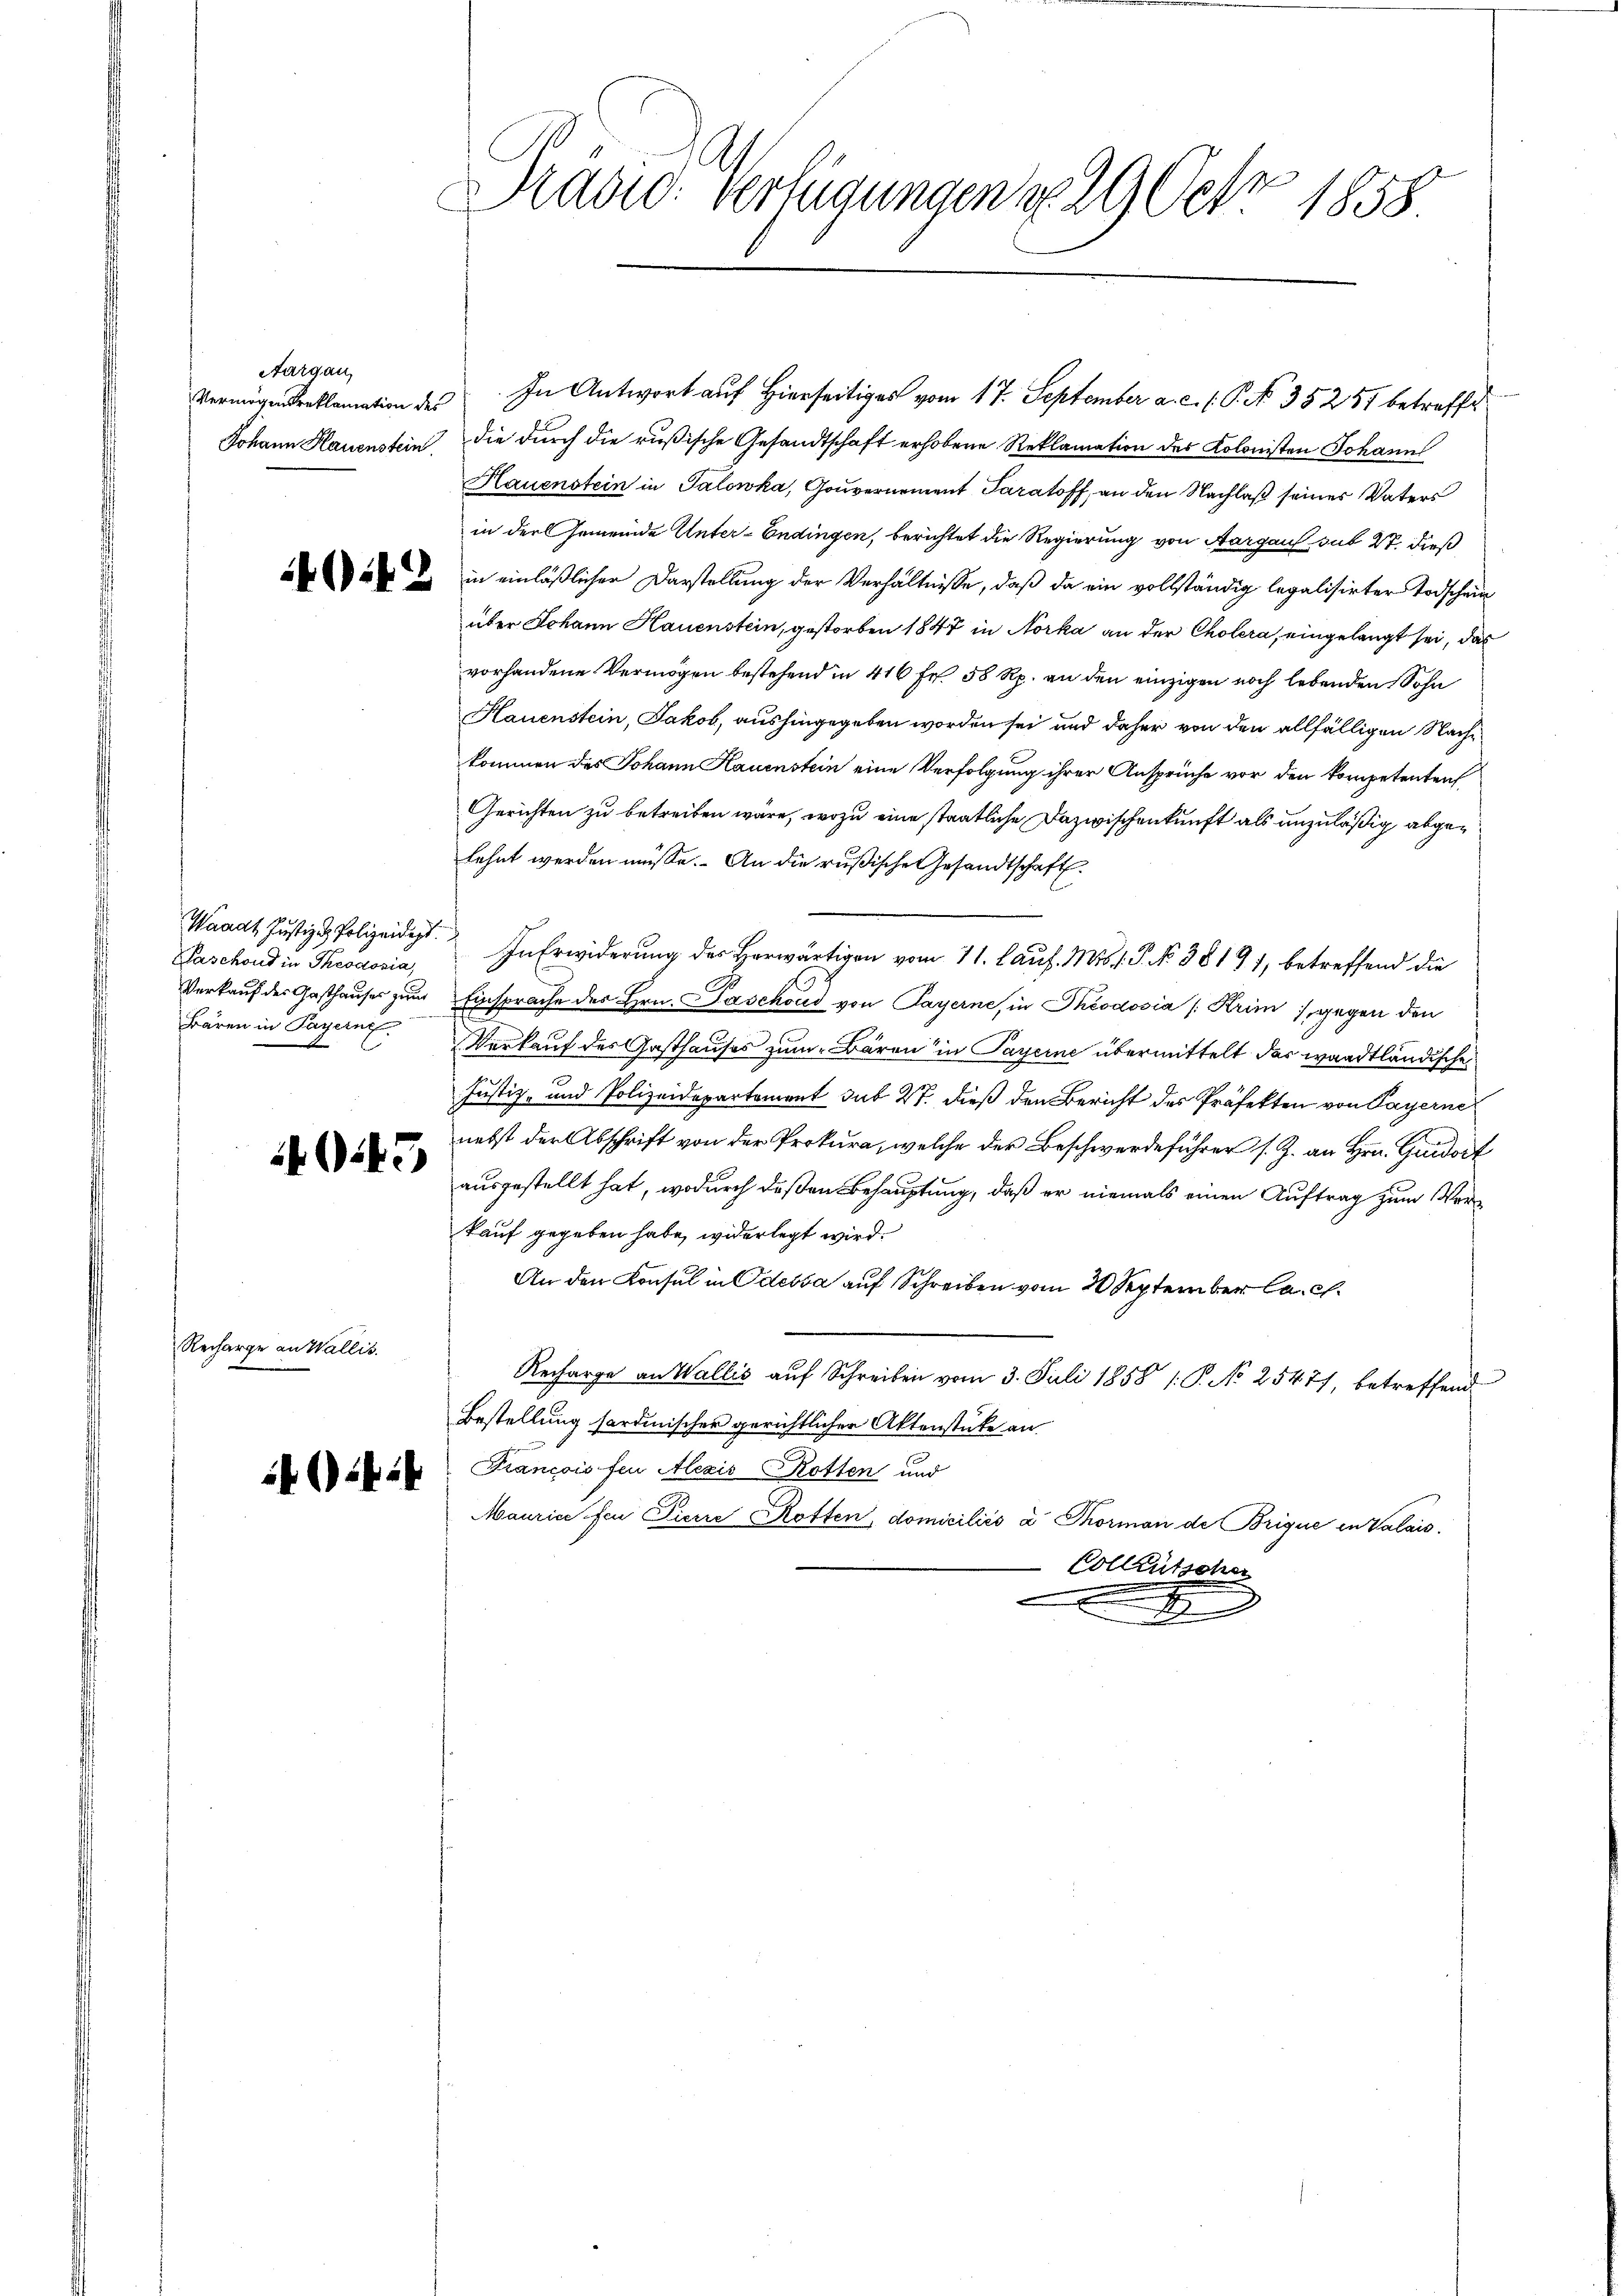
Aargau,

Waadt Justiz & Polizeidigt.
Paschond in Theodosia,
Verkauf der Gasthauses zwar
Bären in Payerne.

1443

Recharge an Wallis.

il (1414

Rasic: verlegungen u. 29 Oct. 1858.

Vermögenstreklamation des In Antwort auf Hierseitiges vom 17. September a. c. l. P. No. 35257 betreffe
Johann Hauenstein die durch die rußische Gesandtschaft erhobene Reklamation des Kolonisten Johann
Hauenstein in Salowka, Gouvernement Paraloff, an den Nachlaß seines Vaters
in der Gemeinde Unter-Endingen, berichtet die Regierung von Aargaus sub 27. dieß
 u in einläßlicher Darstellung der Verhältnisse, daß da ein vollständig legalisirter Todschein
über Johann Hauenstein, gestorben 1847 in Norka an der Cholera, eingelangt sei, das
vorhandene Vermögen bestehend in 416 Fr. 58 Rp. an den einzigen noch lebenden Sohn
Hauenstein, Jakob, aushingegeben worden sei und daher von den allfälligen Nachkommen des Johann Hauenstein eine Verfolgung ihrer Ansprüche vor den kompetenten
Gerichten zu betreiben wäre, wozu eine staatliche Dazwischenkunft als unzuläßig abgelehnt werden müsse. An die rußische Gesandtschaft.
In Erwiderung des Herwärtigen vom 11. lauf. Mts. f. P. No 381 71, betreffend die
Einsprache des Hrn. Paschoud von Payerne, in Theodosia (Krim , gegen den
Verkauf des Gasthauses zum Bären in Payerne übermittelt das waadtländische
4
Justiz- und Polizeidepartement sub 27. dieß den Bericht des Präfekten von Payerne
nebst der Abschrift von der Prokura, welche der Beschwerdeführer s. Z. an Hrn. Guido
ausgestellt hat, wodurch deßen Behauptung, daß er niemals einen Auftrag zum Verkauf gegeben habe, widerlegt wird.
An den Konsul in Odessa auf Schreiben vom 20 September C. c.
Recharge an Wallis auf Schreiben vom 3. Juli 1858 /: P. No 25477, betreffend
Bestellung hardinischer gerichtlicher Aktenstücke an
Francois feu Alezis Rotten und
Mauric feu Picire Rotten, domiciliés à Thorman de Brigue in Valais.
Colleutschen
x